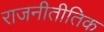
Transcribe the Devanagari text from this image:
राजनीतीतिक